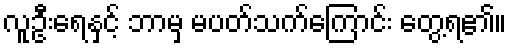
လူဦးရေနှင့် ဘာမှ မပတ်သက်ကြောင်း တွေ့ရ၏။